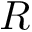
R